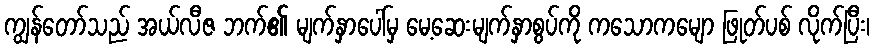
ကျွန်တော်သည် အယ်လီဇ ဘက်၏ မျက်နှာပေါ်မှ မေ့ဆေးမျက်နှာစွပ်ကို ကသောကမျော ဖြုတ်ပစ် လိုက်ပြီး၊